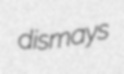
dismays